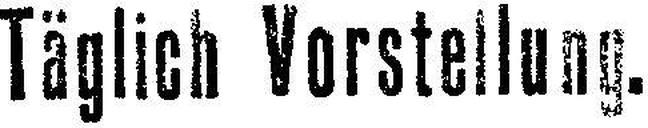
Täglich Vorstellung.